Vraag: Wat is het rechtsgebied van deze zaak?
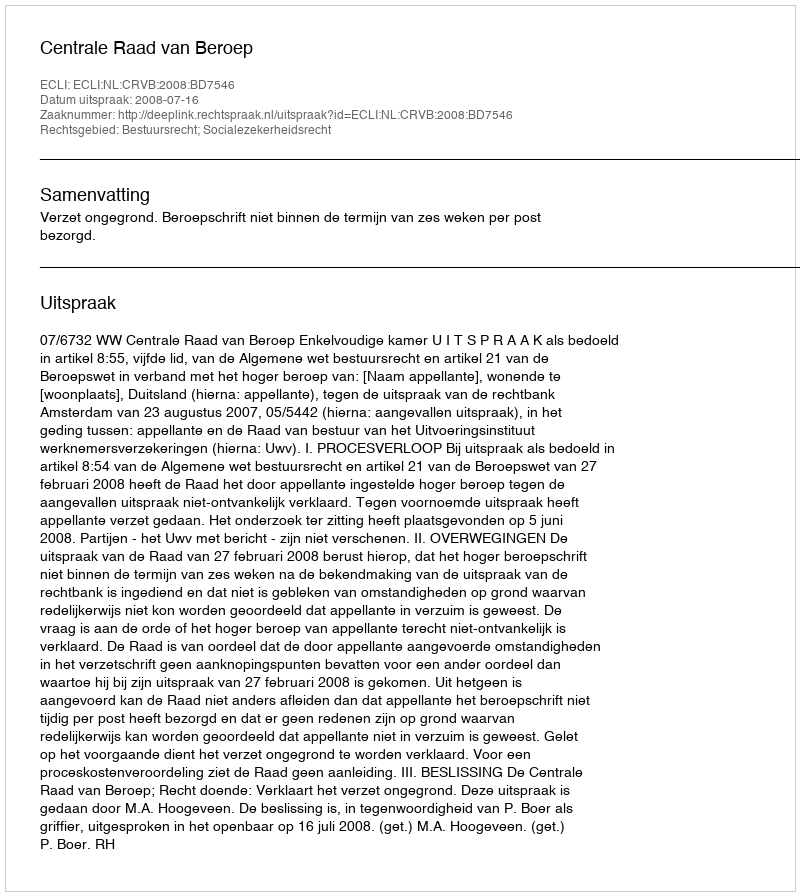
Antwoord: Bestuursrecht; Socialezekerheidsrecht